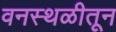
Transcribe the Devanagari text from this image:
वनस्थळीतून